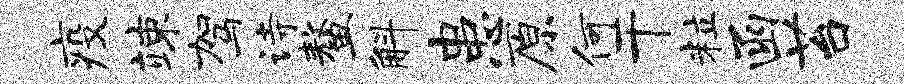
疫竦驾诗鳌斛患原何干粒函苔